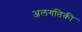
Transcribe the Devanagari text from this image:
अलगंतिक़ी